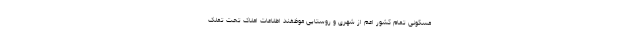
مسکونی تمام کشور اعم از شهری و روستایی موظفند اطلاعات املاک تحت تملک